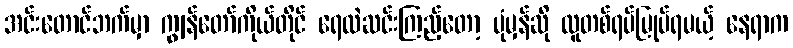
အင်းတောင်ဘက်မှာ ကျွန်တော်ကိုယ်တိုင် ရေထဲဆင်းကြည့်တော့ ပုံမှန်ဆို လူတစ်ရပ်မြုပ်ရမယ့် နေရာက